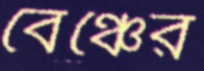
বেঞ্চের